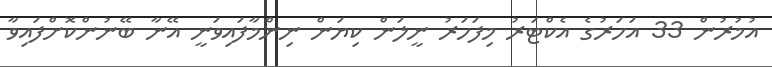
އުމުރުން 33 އަހަރުގެ އެކްޓަރު މިފަހަރު ނީލަން ކިޔަން ނިންމާފައިވަނީ އޭނާ ބޭނުންކޮށްފައިވާ